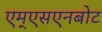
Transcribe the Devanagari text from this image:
एम्एसएनबोट